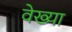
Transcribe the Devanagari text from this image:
वेख्या